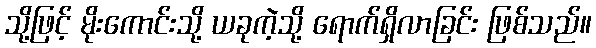
သို့ဖြင့် မိုးကောင်းသို့ ယခုကဲ့သို့ ရောက်ရှိလာခြင်း ဖြစ်သည်။